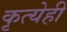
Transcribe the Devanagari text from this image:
कृत्येही